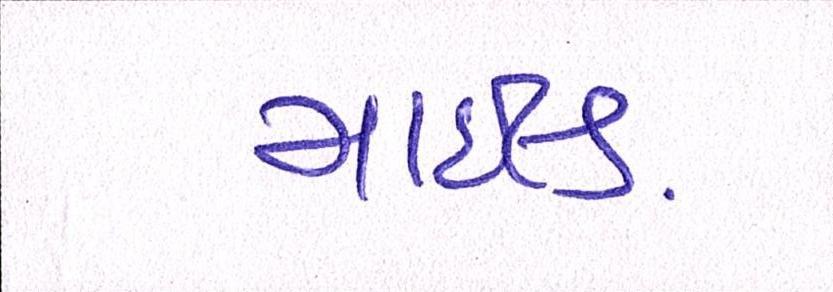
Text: માઇલ્ડ